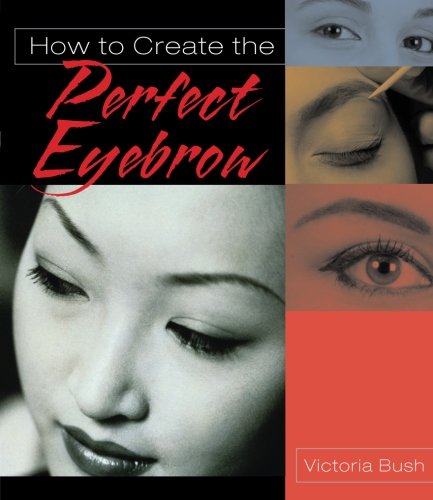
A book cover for How to Create the Perfect Eyebrow; Victoria Bush; Health, Fitness & Dieting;